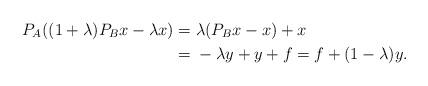
LaTeX: \begin{align*}P_A((1+\lambda)P_Bx-\lambda x)=\;&\lambda(P_Bx-x)+x\\=\;&-\lambda y+y+f=f+(1-\lambda)y.\end{align*}